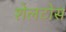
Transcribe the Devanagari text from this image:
शेलटोस